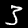
Digit: 3